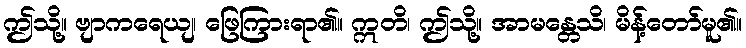
ဤသို့။ ဗျာကရေယျ၊ ဖြေကြားရာ၏။ ဣတိ၊ ဤသို့။ အာမန္တေသိ၊ မိန့်တော်မူ၏။